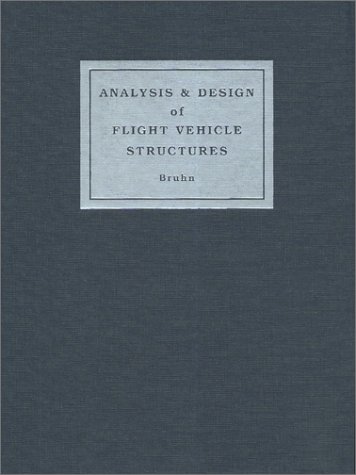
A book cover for Analysis and Design of Flight Vehicle Structures; E. F. Bruhn; Engineering & Transportation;